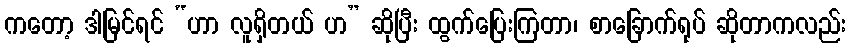
ကတော့ ဒါမြင်ရင် “ဟာ လူရှိတယ် ဟ” ဆိုပြီး ထွက်ပြေးကြတာ၊ စာခြောက်ရုပ် ဆိုတာကလည်း